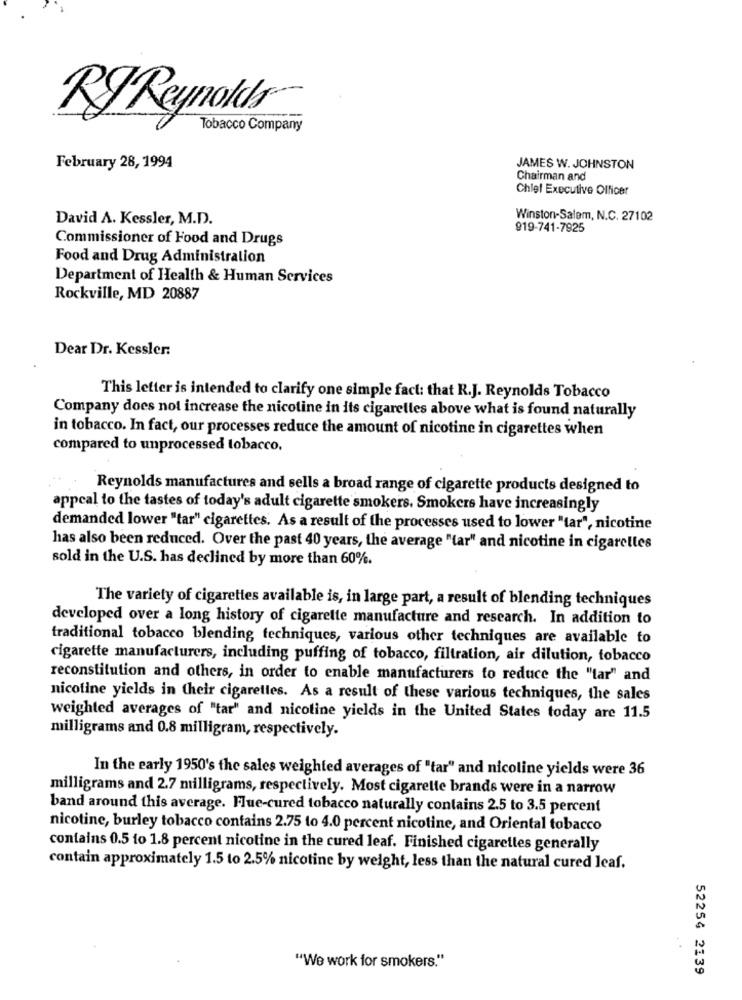
RJ Reynolds
Tobacco Company
February 28, 1994
JAMES W. JOHNSTON
Chairman and
Chief Executive Officer
David A. Kessler, M.D.
Winston-Salem, N.C. 27102
919-741-7925
Commissioner of Food and Drugs
Food and Drug Administration
Department of Health & Human Services
Rockville, MD 20887
Dear Dr. Kessler:
This letter is intended to clarify one simple fact: that R.J. Reynolds Tobacco
Company does not increase the nicoline in its cigarelles above what is found naturally
in tobacco. In fact, our processes reduce the amount of nicotine in cigarettes when
compared to unprocessed tobacco,
Reynolds manufactures and sells a broad range of cigarette products designed to
appcal to the tastes of today's adult cigarette smokers. Smokers have increasingly
demanded lower "tar" cigarettes. As a result of the processes used to lower "tar", nicotine
has also been reduced. Over the past 40 years, the average "(ar" and nicotine in cigarettes
sold in the U.S. has declined by more than 60%.
The variety of cigarettes available is, in large part, a result of blending techniques
developed over a long history of cigarette manufacture and research. In addition to
traditional tobacco blending techniques, various other techniques are available to
cigarette manufacturers, including puffing of tobacco, filtration, air dilution, tobacco
reconstitution and others, in order to enable manufacturers to reduce the "tar" and
nicotine yields in their cigarettes. As a result of these various techniques, the sales
weighted averages of "tar" and nicotine yields in the United States today are 11.5
milligrams and 0.8 milligram, respectively.
In the early 1950's the sales weighted averages of "tar" and nicoline yields were 36
milligrams and 2.7 milligrams, respectively. Most cigarette brands were in a narrow
band around this average. Flue-cured tobacco naturally contains 2.5 to 3.5 percent
nicotine, burley tobacco contains 2.75 to 4.0 percent nicotine, and Oriental tobacco
contains 0.5 to 1.8 percent nicotine in the cured leaf. Finished cigarettes generally
contain approximately 1.5 to 2.5% nicotine by weight, less than the natural cured leaf.
"We work for smokers."
52254 2139